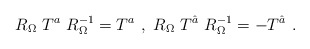
\begin{align*}R_{\Omega}~T^a~R_{\Omega}^{-1}= T^a ~,~ R_{\Omega}~T^{\hat a}~R_{\Omega}^{-1}= - T^{\hat a}~.~\,\end{align*}